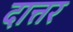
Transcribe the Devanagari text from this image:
दात्तर